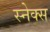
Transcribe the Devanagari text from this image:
स्नेक्स